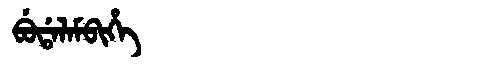
Manchu: ᠪᡠᡩᠠᠯᠠᠮᠪᡳᡥᡝ
Romanization: BUDALAMBIHE